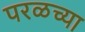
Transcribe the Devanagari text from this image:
परळच्या